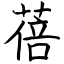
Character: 蓓